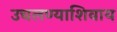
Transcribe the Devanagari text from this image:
उचलण्याशिवाय